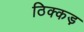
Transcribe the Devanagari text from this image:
ठिक्कड़